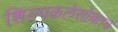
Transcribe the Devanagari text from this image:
शिल्पकलेसोबतच